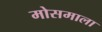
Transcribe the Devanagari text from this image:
मोसमाला